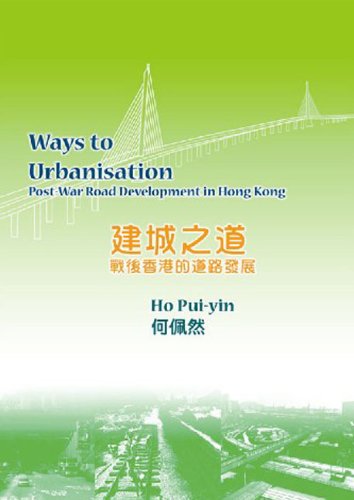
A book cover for Ways to Urbanisation: Post-War Road Development in Hong Kong; Pui-yin Ho; History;